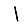
Digit: 1